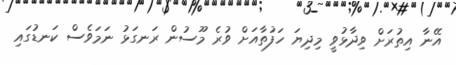
އޭނާ އިތުރަށް ވިދާޅުވީ މިދިޔަ ހަފުތާއަށް ވުރެ މޫސުން ރަނގަޅު ނަމަވެސް ކަނޑުގައި